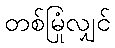
တစ်မြုံလျှင်